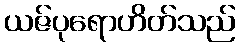
ယဇ်ပုရောဟိတ်သည်